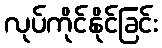
လုပ်ကိုင်နိုင်ခြင်း